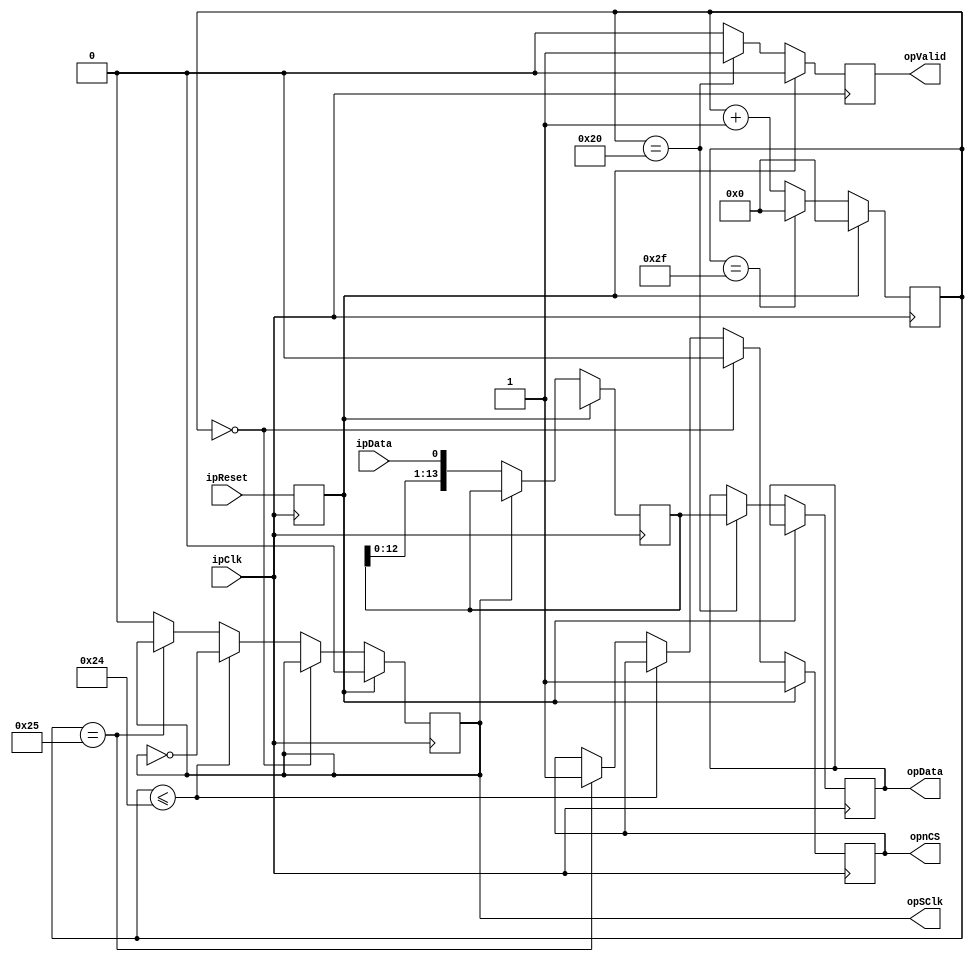
module ADS7056(
  input        ipClk,
  input        ipReset,

  output       opSClk,
  output       opnCS,
  input        ipData,

  output [13:0]opData,
  output       opValid
);
//------------------------------------------------------------------------------

reg Reset;

reg [13:0] Shift;
reg [ 5:0] Count;

always @(posedge ipClk) begin
  Reset <= ipReset;

  if(Reset) begin
    opnCS   <= 1;
    opSClk  <= 0;
    opValid <= 0;

    Shift   <= 'hX;
    Count   <= 0;

  end else begin
    if(Count == 47) Count <= 0;
    else            Count <= Count + 1;

    if     (Count ==  0) opnCS  <= 0;
    else if(Count <= 36) opSClk <= ~opSClk;
    else if(Count == 37) opnCS  <= 1;
    else                 opSClk <= 0;

    if(opSClk == 0) Shift <= {Shift[12:0], ipData};

    if(Count == 32) begin
      opData  <= Shift;
      opValid <= 1;
    end else begin
      opValid <= 0;
    end
  end
end
//------------------------------------------------------------------------------

endmodule